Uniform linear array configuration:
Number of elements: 32
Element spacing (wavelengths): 0.75
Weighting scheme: hann
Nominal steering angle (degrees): -45
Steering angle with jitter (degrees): -44.558
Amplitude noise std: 0.05
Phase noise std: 0.05

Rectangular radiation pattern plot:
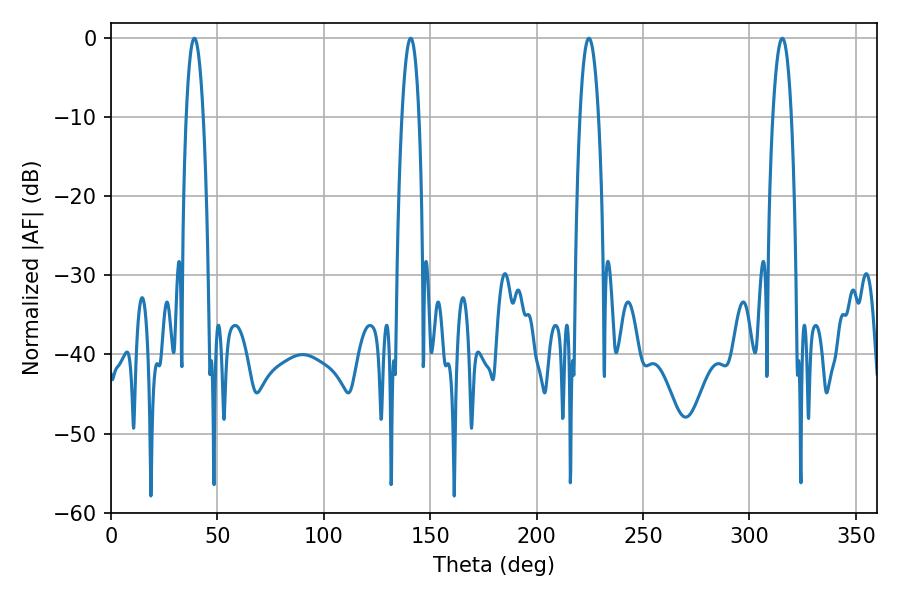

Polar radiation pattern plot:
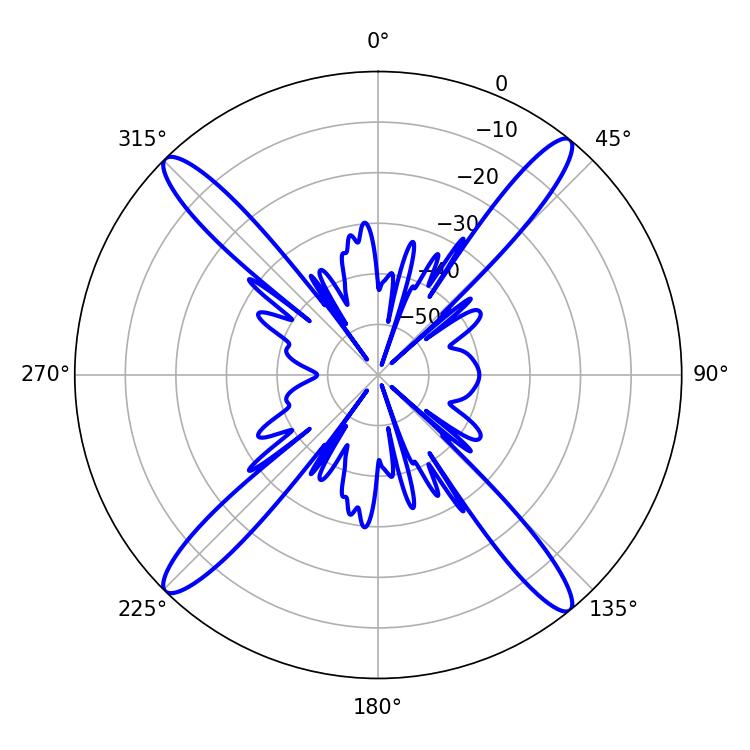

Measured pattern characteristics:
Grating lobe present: TRUE
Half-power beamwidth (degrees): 4.32
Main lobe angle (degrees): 39.24